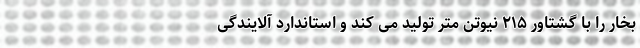
بخار را با گشتاور ۲۱۵ نیوتن متر تولید می کند و استاندارد آلایندگی